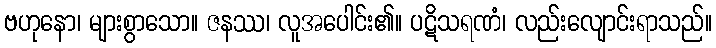
ဗဟုနော၊ များစွာသော။ ဇနဿ၊ လူအပေါင်း၏။ ပဋိသရဏံ၊ လည်းလျောင်းရာသည်။